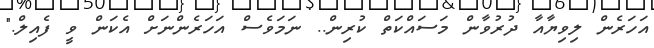
އަހަރެން ލިވިޔާއާ ދުރުވާން މަސައްކަތް ކުރިން.. ނަމަވެސް އަހަރެންނަށް އެކަން ވީ ފެއިލް."